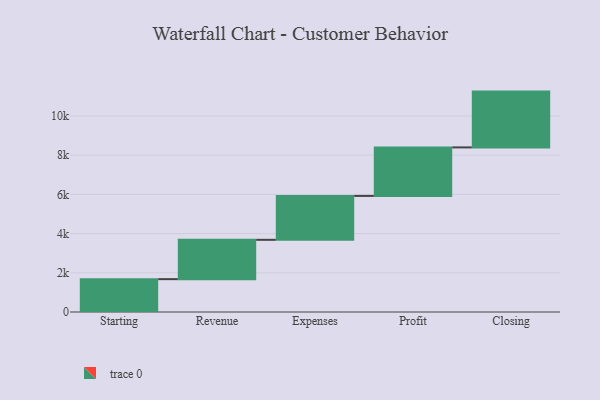
{"axis": {"x": "Step", "y": "Value"}, "legend": [""], "data": [{"x": "Starting", "y": 1676.0, "type": ""}, {"x": "Revenue", "y": 2005.0, "type": ""}, {"x": "Expenses", "y": 2240.0, "type": ""}, {"x": "Profit", "y": 2475.0, "type": ""}, {"x": "Closing", "y": 2846.0, "type": ""}]}